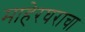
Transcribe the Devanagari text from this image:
माहेरघराचा